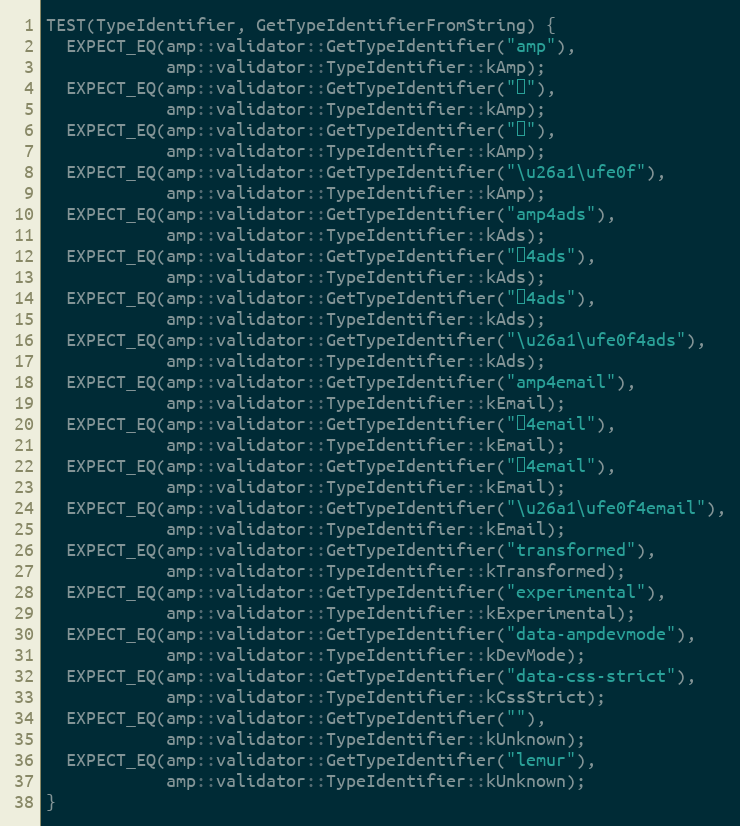
Language: C++
TEST(TypeIdentifier, GetTypeIdentifierFromString) {
  EXPECT_EQ(amp::validator::GetTypeIdentifier("amp"),
            amp::validator::TypeIdentifier::kAmp);
  EXPECT_EQ(amp::validator::GetTypeIdentifier("⚡"),
            amp::validator::TypeIdentifier::kAmp);
  EXPECT_EQ(amp::validator::GetTypeIdentifier("⚡️"),
            amp::validator::TypeIdentifier::kAmp);
  EXPECT_EQ(amp::validator::GetTypeIdentifier("\u26a1\ufe0f"),
            amp::validator::TypeIdentifier::kAmp);
  EXPECT_EQ(amp::validator::GetTypeIdentifier("amp4ads"),
            amp::validator::TypeIdentifier::kAds);
  EXPECT_EQ(amp::validator::GetTypeIdentifier("⚡4ads"),
            amp::validator::TypeIdentifier::kAds);
  EXPECT_EQ(amp::validator::GetTypeIdentifier("⚡️4ads"),
            amp::validator::TypeIdentifier::kAds);
  EXPECT_EQ(amp::validator::GetTypeIdentifier("\u26a1\ufe0f4ads"),
            amp::validator::TypeIdentifier::kAds);
  EXPECT_EQ(amp::validator::GetTypeIdentifier("amp4email"),
            amp::validator::TypeIdentifier::kEmail);
  EXPECT_EQ(amp::validator::GetTypeIdentifier("⚡4email"),
            amp::validator::TypeIdentifier::kEmail);
  EXPECT_EQ(amp::validator::GetTypeIdentifier("⚡️4email"),
            amp::validator::TypeIdentifier::kEmail);
  EXPECT_EQ(amp::validator::GetTypeIdentifier("\u26a1\ufe0f4email"),
            amp::validator::TypeIdentifier::kEmail);
  EXPECT_EQ(amp::validator::GetTypeIdentifier("transformed"),
            amp::validator::TypeIdentifier::kTransformed);
  EXPECT_EQ(amp::validator::GetTypeIdentifier("experimental"),
            amp::validator::TypeIdentifier::kExperimental);
  EXPECT_EQ(amp::validator::GetTypeIdentifier("data-ampdevmode"),
            amp::validator::TypeIdentifier::kDevMode);
  EXPECT_EQ(amp::validator::GetTypeIdentifier("data-css-strict"),
            amp::validator::TypeIdentifier::kCssStrict);
  EXPECT_EQ(amp::validator::GetTypeIdentifier(""),
            amp::validator::TypeIdentifier::kUnknown);
  EXPECT_EQ(amp::validator::GetTypeIdentifier("lemur"),
            amp::validator::TypeIdentifier::kUnknown);
}